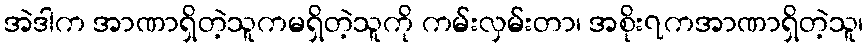
အဲဒါက အာဏာရှိတဲ့သူကမရှိတဲ့သူကို ကမ်းလှမ်းတာ၊ အစိုး၇ကအာဏာရှိတဲ့သူ၊